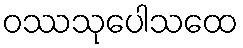
ဝဿသုပေါသထေ